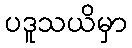
ပဒူသယိမှာ